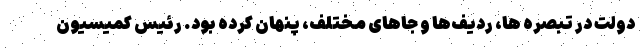
دولت در تبصره ها، ردیف‌ها و جا‌های مختلف، پنهان کرده بود. رئیس کمیسیون